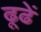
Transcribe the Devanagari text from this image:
ढूढें